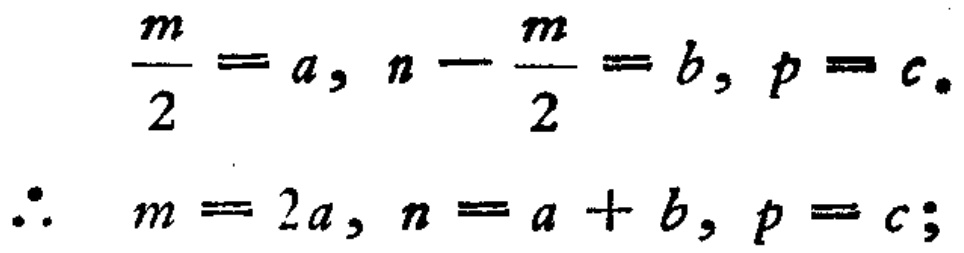
\[\frac{m}{2}=a, n - \frac{m}{2}=b, p = c.\]

\[\therefore m = 2a, n = a + b, p = c;\]